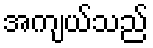
အကျယ်သည်